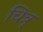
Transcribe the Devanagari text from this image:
चित्र्